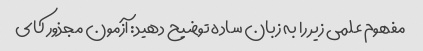
مفهوم علمی زیر را به زبان ساده توضیح دهید: آزمون مجذور کای